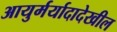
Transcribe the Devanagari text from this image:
आयुर्मर्यादादेखील